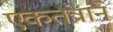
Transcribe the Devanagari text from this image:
एकतंत्राने